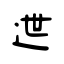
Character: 迣